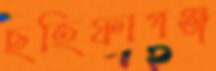
ছহিফাগঞ্জ